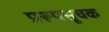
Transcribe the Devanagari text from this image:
प्ररूपसूचक